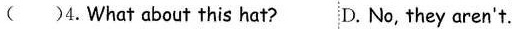
( )4.What about this hat? D. No, they aren't.